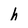
Character: h